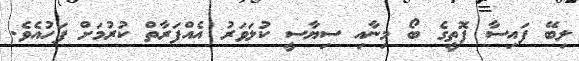
ލިބޭ ފައިސާ ފޮތީގެ ބޯ މިނާއި ސިޔާސީ ކުލަވަރު އެއްފަރާތް ކުރުމަށް ފަހުއެވެ.